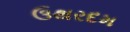
ઉથરદમ